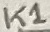
Text: K1